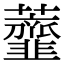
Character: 虀